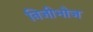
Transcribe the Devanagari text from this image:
निजीभोज